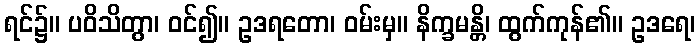
ရင်၌။ ပဝိသိတွာ၊ ဝင်၍။ ဥဒရတော၊ ဝမ်းမှ။ နိက္ခမန္တိ၊ ထွက်ကုန်၏။ ဥဒရေ၊